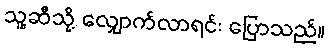
သူ့ဆီသို့ လျှောက်လာရင်း ပြောသည်။